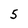
Character: 5